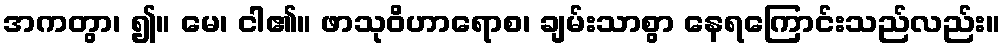
အကတွာ၊ ၍။ မေ၊ ငါ၏။ ဖာသုဝိဟာရောစ၊ ချမ်းသာစွာ နေရကြောင်းသည်လည်း။